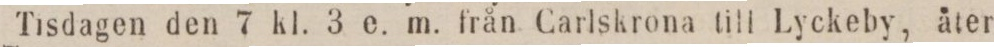
Tisdagen den 7 kl. 3 e. m. från Carlskrona till Lyckeby, åter